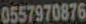
0557970876